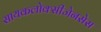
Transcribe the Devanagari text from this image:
सायकलोक्सीजेनसेस